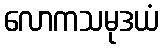
လောကသမုဒယံ